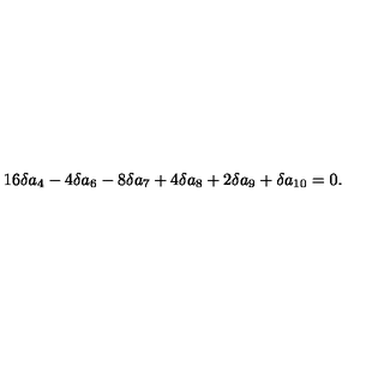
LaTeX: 1 6 \delta a _ { 4 } - 4 \delta a _ { 6 } - 8 \delta a _ { 7 } + 4 \delta a _ { 8 } + 2 \delta a _ { 9 } + \delta a _ { 1 0 } = 0 .